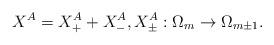
LaTeX: \begin{align*}X^A = X^A_+ + X^A_-, X^A_{\pm}: \Omega_m \to \Omega_{m \pm 1}.\end{align*}